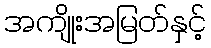
အကျိုးအမြတ်နှင့်